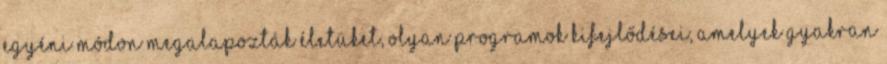
egyéni módon megalapozták életüket, olyan programok kifejlődései, amelyek gyakran